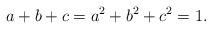
LaTeX: \begin{align*}a + b + c=a^2 + b^2 + c^2=1. \end{align*}